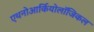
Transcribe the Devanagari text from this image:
एथनोआर्कियोलॉजिकल